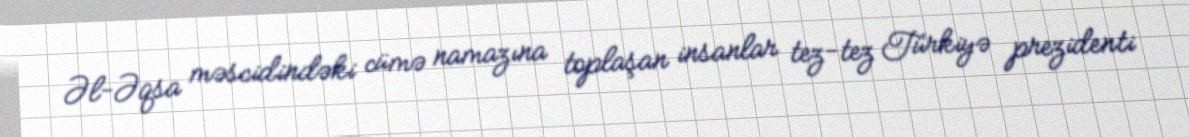
Əl-Əqsa məscidindəki cümə namazına toplaşan insanlar tez-tez Türkiyə prezidenti